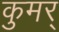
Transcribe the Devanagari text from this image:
कुमर्